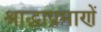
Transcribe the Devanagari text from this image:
श्राद्धाप्रमाणें